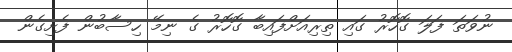
ނުވަތަ ފަލަ ގޮހޮރު ގައި ތިރިއަށްފައިބާ ގޮހޮރު ގެ ނިމޭ ހިސާބުން ފެށިގެން